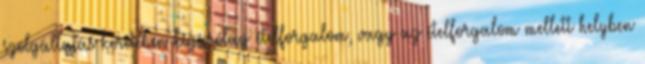
szolgáltatás keretében kizárólag ételforgalom, vagy az ételforgalom mellett helyben